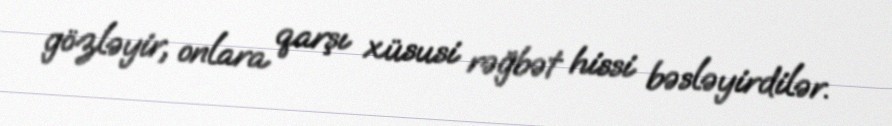
gözləyir, onlara qarşı xüsusi rəğbət hissi bəsləyirdilər.